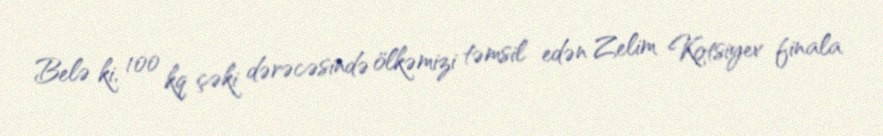
Belə ki, 100 kq çəki dərəcəsində ölkəmizi təmsil edən Zelim Kotsiyev finala